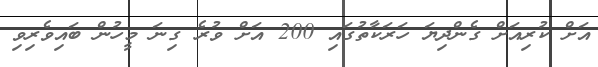
އަށް ކުރިއަށް ގެންދިޔަ ހަރަކާތުގައި 200 އަށް ވުރެ ގިނަ މީހުން ބައިވެރިވި